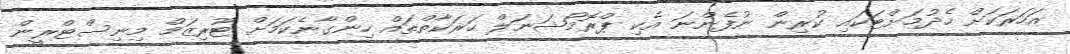
އަހަރަކަށް ހެދުމަށްޓަކައި ކުރިން ނުފެންނަ އެކި ޕްރޮމޯޝަނަލް ހަރަކާތްތައް ހިންގާނެކަމަށް ޓޫރިޒަމް މިނިސްޓްރީން